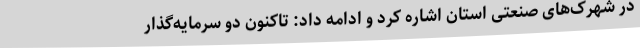
در شهرک‌های صنعتی استان اشاره کرد و ادامه داد: تاکنون دو سرمایه‌گذار